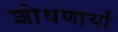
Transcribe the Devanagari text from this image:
शोधणार्या